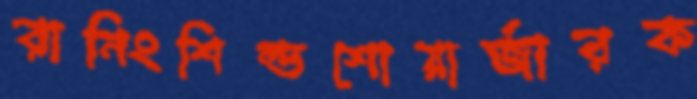
রানিংশিল্ডশোয়ার্জারক